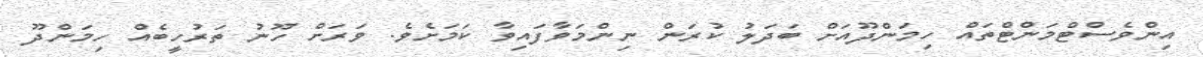
އިންވެސްޓްމަންޓްތައް ހިމަންދޫއަށް ބަދަލު ކުރަން ނިންމަވާފައިވާ ކަމަށެވެ. ވަރަށް ހޫނު ތަރުހީބެއް ހިމަންދޫ